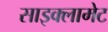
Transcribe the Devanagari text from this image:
साइक्लामेट